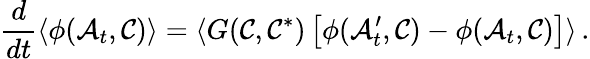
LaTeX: \frac{d}{dt}\langle\phi(\mathcal{A}_{t},\mathcal{C})\rangle=\langle G(\mathcal{C},\mathcal{C}^{*})\left[\phi(\mathcal{A}_{t}^{\prime},\mathcal{C})-\phi(\mathcal{A}_{t},\mathcal{C})\right]\rangle\, .